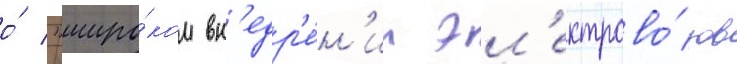
о́ "широ́ком вн'едр'е́н'ии эл'ектрово́зов